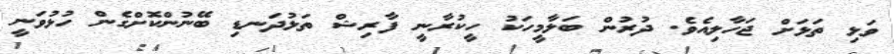
ވަޅި ތަޅަށް ޖަހާލިއެވެ. ދުރުން ބަލާމީހަކު ހީކުރާނީ ފާރިޝް ތަޅުދަނޑި ބޭނުންކޮށްގެން ހުޅުވަނީ